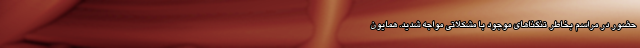
حضور در مراسم بخاطر تنگناهای موجود با مشکلاتی مواجه شدید. همایون